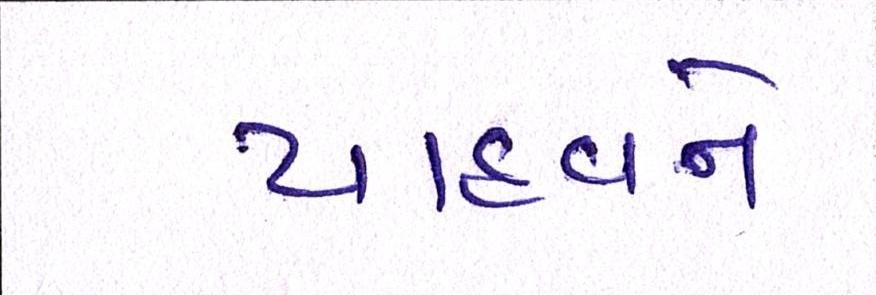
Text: યાદવને